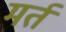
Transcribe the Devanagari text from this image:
मर्त